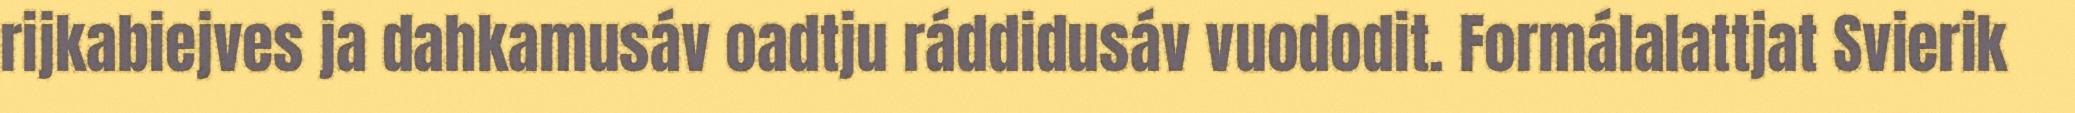
rijkabiejves ja dahkamusáv oadtju ráddidusáv vuododit. Formálalattjat Svierik